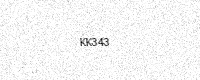
Text: KK343